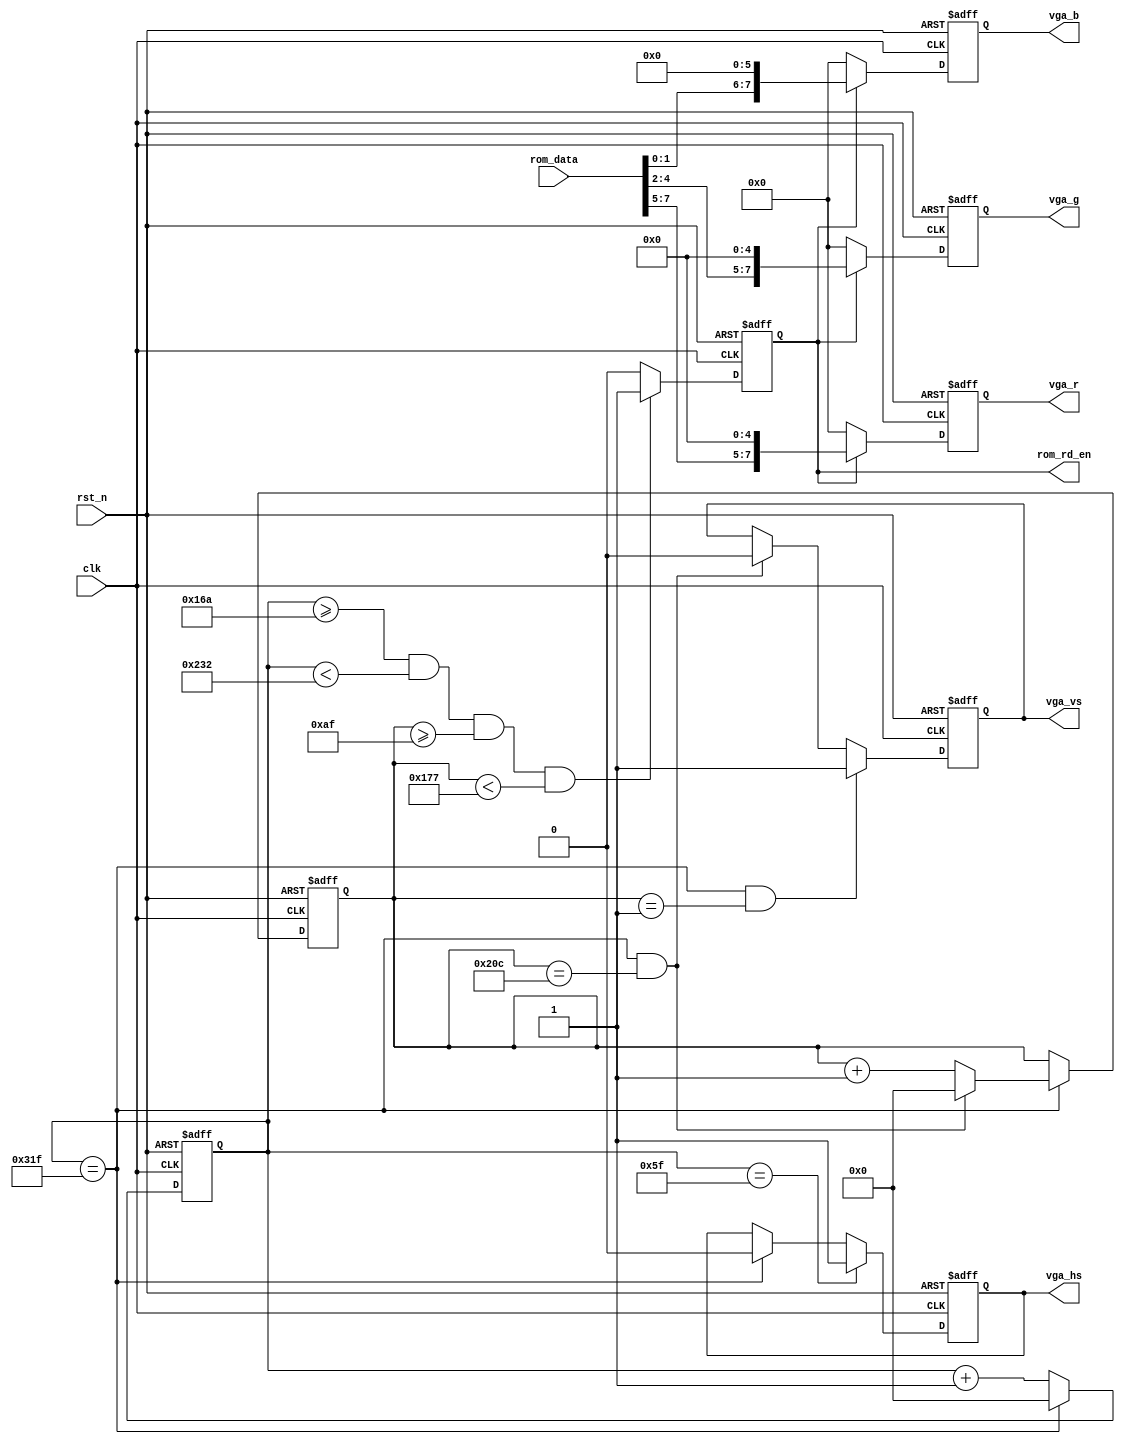
/************************************************************************
 * Create time   : 2018-04-08 16:57
 * Description   : 
 * *********************************************************************/
module  start_end(
        input                   clk                     ,
        input                   rst_n                   ,
        //vga
        output  reg   [ 7: 0]   vga_r                   ,
        output  reg   [ 7: 0]   vga_g                   ,
        output  reg   [ 7: 0]   vga_b                   ,
        output  wire            vga_hs                  ,
        output  wire            vga_vs                  ,
        //rom
        input         [ 7: 0]   rom_data                ,
        output  reg             rom_rd_en 
);
//=====================================================================\
// ********** Define Parameter and Internal Signals *************
//=====================================================================/
//ADV7123 t=t6+t8=7.5+15=22.5ns
// 640*480@60Hz fclk=25MHz,Tclk=40ns,20ns>7.5ns,,
parameter   LinePeriod      =       800                         ;
parameter   H_SyncPulse     =       96                          ;
parameter   H_BackPorch     =       48                          ;
parameter   H_ActivePix     =       640                         ;
parameter   H_FrontPorch    =       16                          ;
parameter   Hde_start       =       H_SyncPulse + H_BackPorch   ; 
parameter   Hde_end         =       Hde_start + H_ActivePix     ; 

parameter   FramePeriod     =       525                         ;
parameter   V_SyncPulse     =       2                           ;
parameter   V_BackPorch     =       33                          ;
parameter   V_ActivePix     =       480                         ;
parameter   V_FrontPorch    =       10                          ;
parameter   Vde_start       =       V_SyncPulse + V_BackPorch   ; 
parameter   Vde_end         =       Vde_start + V_ActivePix     ; 

parameter   Red_Wide        =       20                          ;
parameter   Red_Length      =       30                          ; 


reg                             hsync                           ;
reg                             vsync                           ;

reg     [ 9: 0]                 h_cnt                           ;
wire                            add_h_cnt                       ;
wire                            end_h_cnt                       ;

reg     [ 9: 0]                 v_cnt                           ;
wire                            add_v_cnt                       ; 
wire                            end_v_cnt                       ;

wire							start_area	                    ;
//======================================================================
// ***************      Main    Code    ****************
//======================================================================
assign  vga_hs      =       hsync;
assign  vga_vs      =       vsync;

always @(posedge clk or negedge rst_n)begin
    if(!rst_n)begin
        h_cnt <= 0;
    end
    else if(add_h_cnt)begin
        if(end_h_cnt)
            h_cnt <= 0;
        else
            h_cnt <= h_cnt + 1'b1;
    end
end

assign add_h_cnt     =       1'b1;
assign end_h_cnt     =       add_h_cnt && h_cnt== LinePeriod-1;

always @(posedge clk or negedge rst_n)begin 
    if(!rst_n)begin
        v_cnt <= 0;
    end
    else if(add_v_cnt)begin
        if(end_v_cnt)
            v_cnt <= 0;
        else
            v_cnt <= v_cnt + 1'b1;
    end
end

assign add_v_cnt     =       end_h_cnt;
assign end_v_cnt     =       add_v_cnt && v_cnt== FramePeriod-1;

//hsync
always  @(posedge clk or negedge rst_n)begin
    if(rst_n==1'b0)begin
        hsync   <=      1'b0;
    end
    else if(add_h_cnt && h_cnt == H_SyncPulse-1)begin
        hsync   <=      1'b1;
    end
    else if(end_h_cnt)begin
        hsync   <=      1'b0;
    end
end

//vsync
always  @(posedge clk or negedge rst_n)begin
    if(rst_n==1'b0)begin
        vsync   <=      1'b0;
    end
    else if(add_v_cnt && v_cnt == V_SyncPulse-1)begin
        vsync   <=      1'b1;
    end
    else if(end_v_cnt)begin
        vsync   <=      1'b0;
    end
end



assign  start_area        =   (h_cnt >= Hde_start - 2 + 220 && h_cnt < Hde_start - 2 + 420 && v_cnt >= Vde_start + 140 && v_cnt < Vde_start + 340);//v_cnt  




always  @(posedge clk or negedge rst_n)begin
    if(rst_n==1'b0)begin
        vga_r   <=      8'h0;
        vga_g   <=      8'h0;
        vga_b   <=      8'h0;
    end
    else if(rom_rd_en)begin
        vga_r   <=      {rom_data[7:5],5'h0};
        vga_g   <=      {rom_data[4:2],5'h0};
        vga_b   <=      {rom_data[1:0],6'h0};
    end
    else begin
        vga_r   <=      8'h0;
        vga_g   <=      8'h0;
        vga_b   <=      8'h0;
    end
end


//rom_rd_en
always  @(posedge clk or negedge rst_n)begin
    if(rst_n==1'b0)begin
        rom_rd_en   <=      1'b0;
    end
    else if(start_area)begin
        rom_rd_en   <=      1'b1;
    end
    else begin
        rom_rd_en   <=      1'b0;
    end
end



endmodule